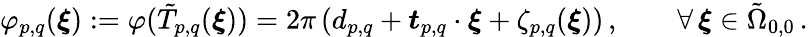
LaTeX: \varphi_{p,q}(\boldsymbol{\xi}):=\varphi(\tilde{T}_{p,q}(\boldsymbol{\xi}))=2\pi\left(d_{p,q}+\boldsymbol{t}_{p,q}\cdot\boldsymbol{\xi}+\zeta_{p,q}(\boldsymbol{\xi})\right)\, ,\qquad\forall\, \boldsymbol{\xi}\in\tilde{\Omega}_{0,0}\, .